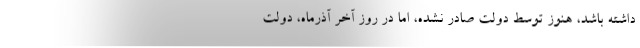
داشته باشد، هنوز توسط دولت صادر نشده، اما در روز آخر آذرماه، دولت